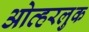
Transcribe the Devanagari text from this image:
ओव्हरलुक